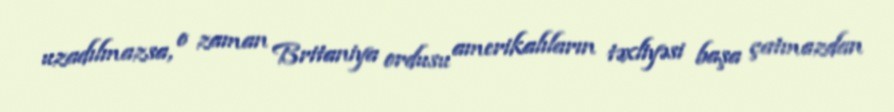
uzadılmazsa, o zaman Britaniya ordusu amerikalıların təxliyəsi başa çatmazdan